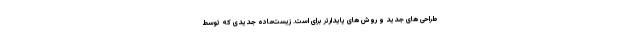
طراحی های جدید و روش های پایدارتر برای است. زیست‌ماده جدیدی که توسط